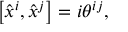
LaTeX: \left[ \hat { x } ^ { i } , \hat { x } ^ { j } \right] = i \theta ^ { i j } ,